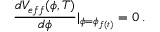
\frac { d V _ { e f f } ( \phi , T ) } { d \phi } | _ { \phi = \phi _ { f ( t ) } } = 0 \: .